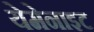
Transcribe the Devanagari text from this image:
येमेनाइट